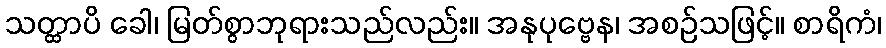
သတ္ထာပိ ခေါ၊ မြတ်စွာဘုရားသည်လည်း။ အနုပုဗ္ဗေန၊ အစဉ်သဖြင့်။ စာရိကံ၊